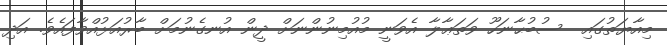
މިއާޔަތުގައި  ސުބުޙާނަހޫ ވަތަޢާލާ އެވަނީ މުއުމިނުންނަށް ދީން އުނގެނުމަށް ބާރުއަޅުއްވާފައެވެ. އަދި